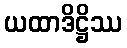
ယထာဒိဋ္ဌိဿ